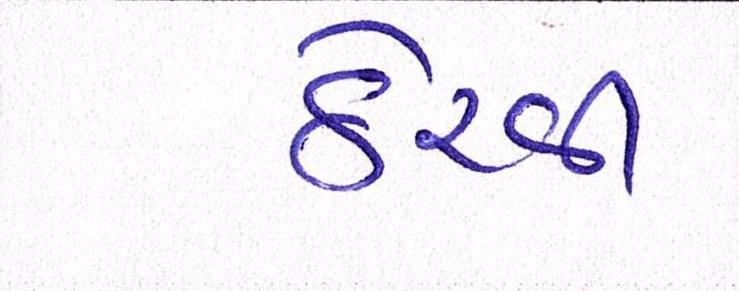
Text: ઠેરવી